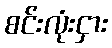
စင်းလုံးငှား